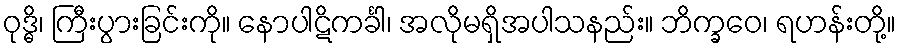
ဝုဒ္ဓိ၊ ကြီးပွားခြင်းကို။ နောပါဋိကင်္ခါ၊ အလိုမရှိအပါသနည်း။ ဘိက္ခဝေ၊ ရဟန်းတို့။